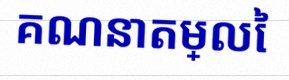
គណនាតម្លៃ